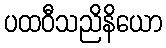
ပထဝီသညိနိယော